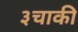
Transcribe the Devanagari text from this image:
३चाकी